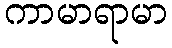
ကာမာရာမာ